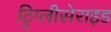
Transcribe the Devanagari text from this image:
ट्रिग्लीसेराइड